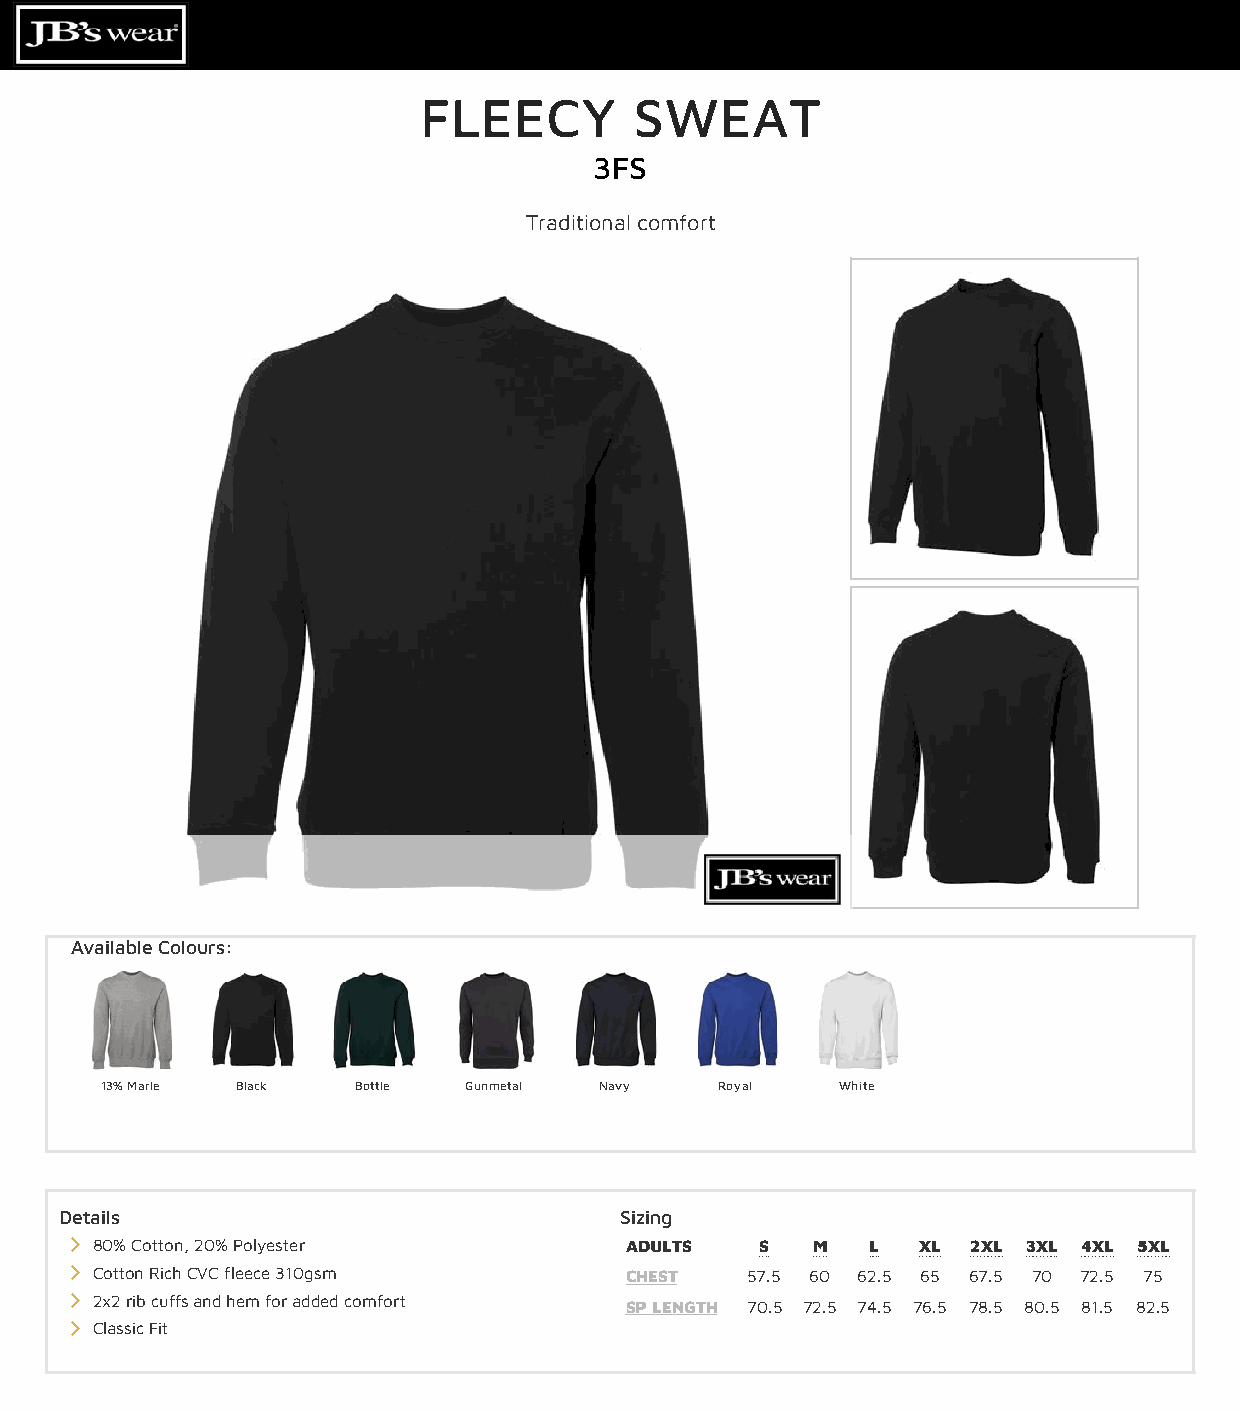
FLEECY        SWEAT
 3FS
 Traditional comfort
 Available Colours:
 13% Marle Black Bottle  Gunmetal Navy    Royal   White
 Details                              Sizing
 
 80% Cotton, 20% Polyester          ADULTS   S   M   L  XL 2XL 3XL 4XL 5XL
 
 Cotton Rich CVC fleece 310gsm      CHEST   57.5 60 62.5 65 67.5 70 72.5 75
 
 2x2 rib cuffs and hem for added comfort SP LENGTH 70.5 72.5 74.5 76.5 78.5 80.5 81.5 82.5
 
 Classic Fit